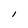
Character: 1